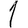
Digit: 1